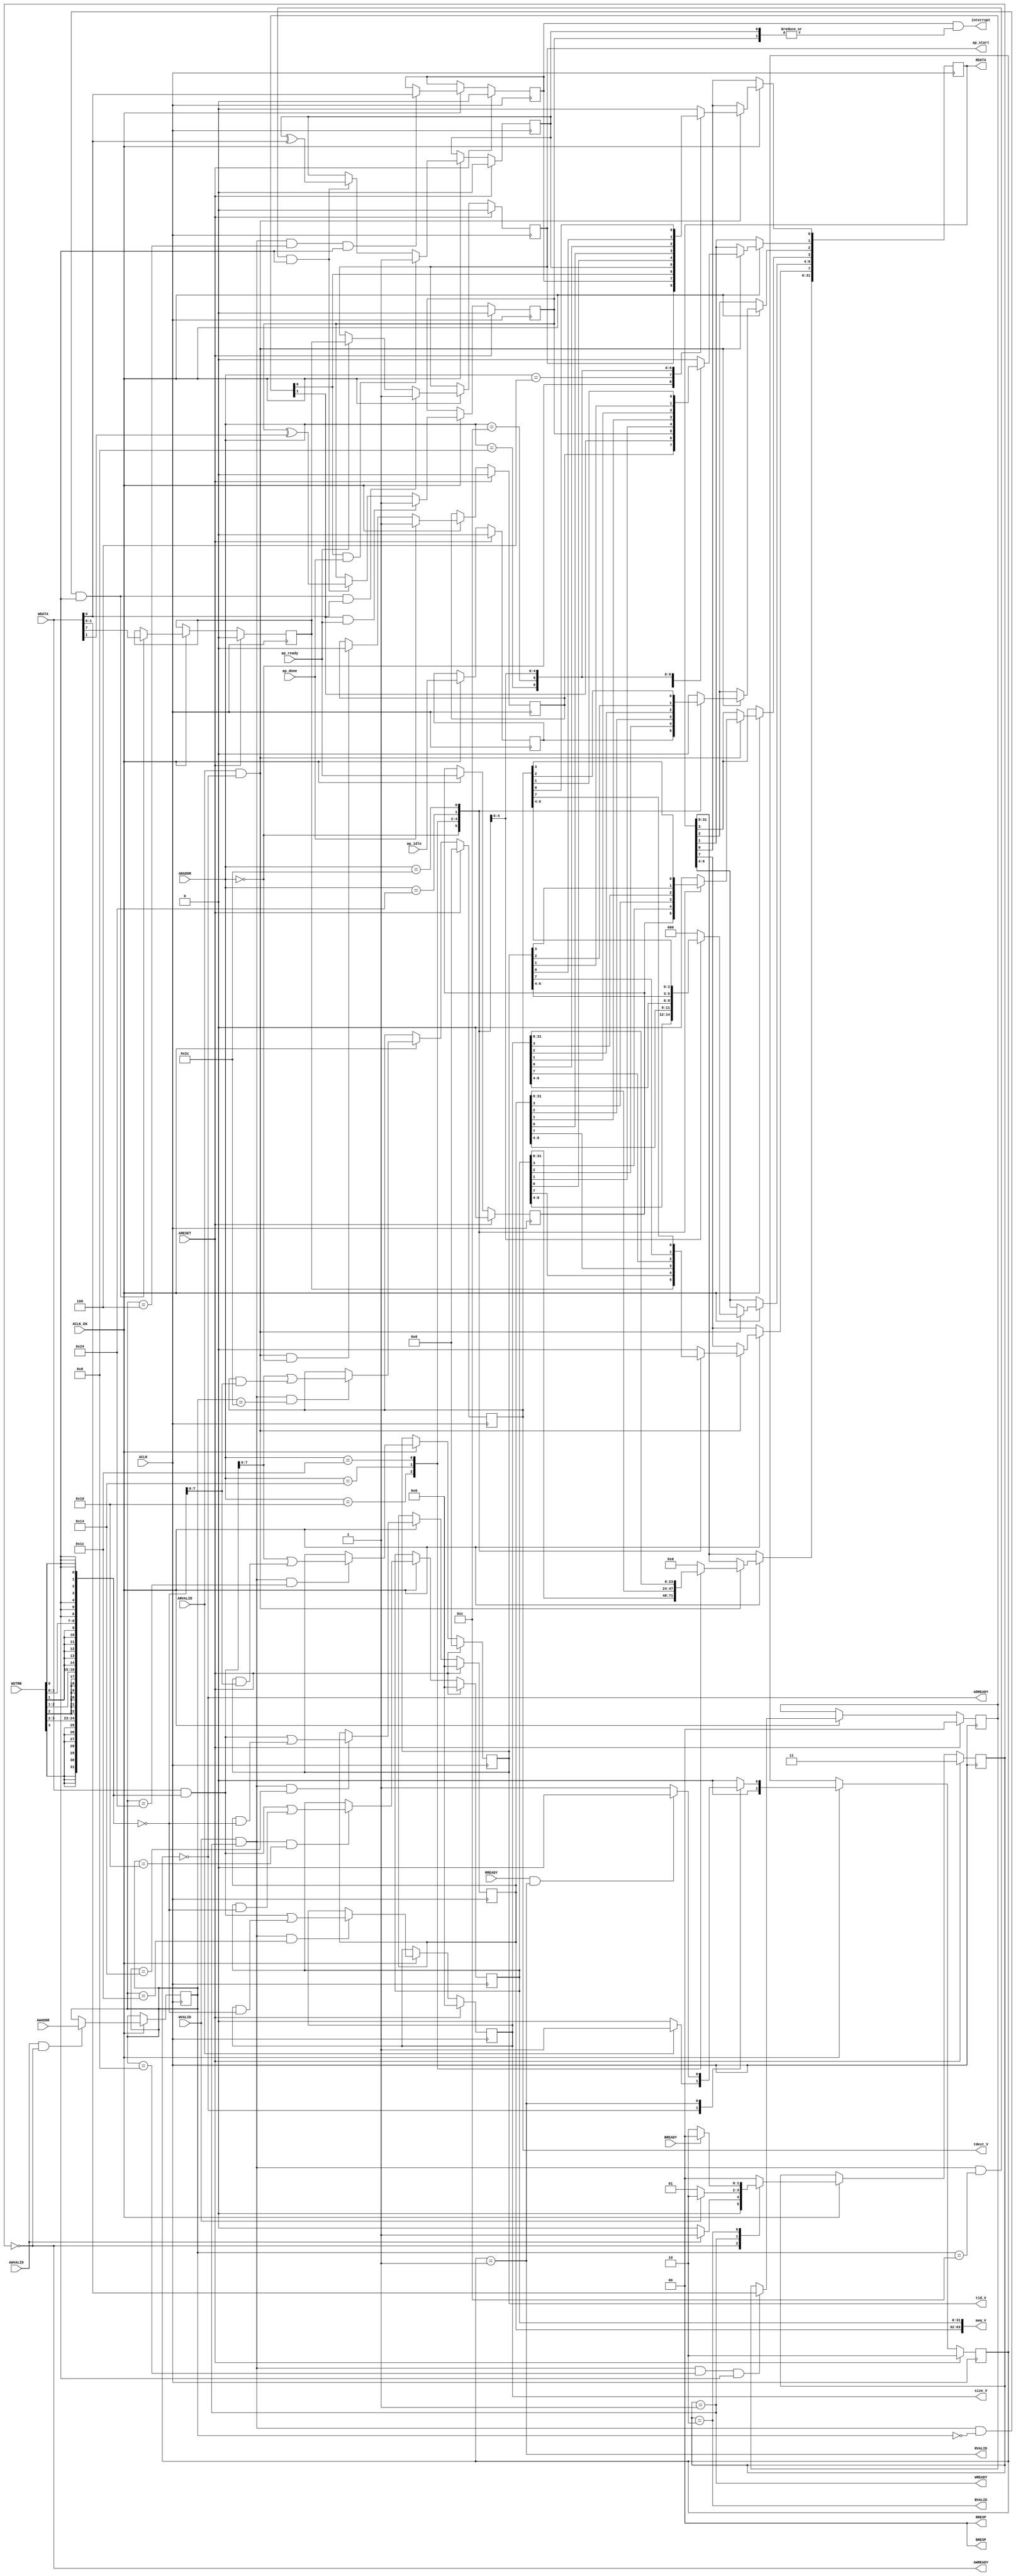
// Copyright (C) 2022, Advanced Micro Devices, Inc. All rights reserved.
// SPDX-License-Identifier: MIT
// ==============================================================
// Vivado(TM) HLS - High-Level Synthesis from C, C++ and SystemC v2020.1 (64-bit)
// ==============================================================
`timescale 1ns/1ps
module mm2s_control_s_axi
#(parameter
    C_S_AXI_ADDR_WIDTH = 6,
    C_S_AXI_DATA_WIDTH = 32
)(
    input  wire                          ACLK,
    input  wire                          ARESET,
    input  wire                          ACLK_EN,
    input  wire [C_S_AXI_ADDR_WIDTH-1:0] AWADDR,
    input  wire                          AWVALID,
    output wire                          AWREADY,
    input  wire [C_S_AXI_DATA_WIDTH-1:0] WDATA,
    input  wire [C_S_AXI_DATA_WIDTH/8-1:0] WSTRB,
    input  wire                          WVALID,
    output wire                          WREADY,
    output wire [1:0]                    BRESP,
    output wire                          BVALID,
    input  wire                          BREADY,
    input  wire [C_S_AXI_ADDR_WIDTH-1:0] ARADDR,
    input  wire                          ARVALID,
    output wire                          ARREADY,
    output wire [C_S_AXI_DATA_WIDTH-1:0] RDATA,
    output wire [1:0]                    RRESP,
    output wire                          RVALID,
    input  wire                          RREADY,
    output wire                          interrupt,
    output wire                          ap_start,
    input  wire                          ap_done,
    input  wire                          ap_ready,
    input  wire                          ap_idle,
    output wire [63:0]                   mem_V,
    output wire [31:0]                   size_V,
    output wire [7:0]                    tid_V,
    output wire [7:0]                    tdest_V
);
//------------------------Address Info-------------------
// 0x00 : Control signals
//        bit 0  - ap_start (Read/Write/COH)
//        bit 1  - ap_done (Read/COR)
//        bit 2  - ap_idle (Read)
//        bit 3  - ap_ready (Read)
//        bit 7  - auto_restart (Read/Write)
//        others - reserved
// 0x04 : Global Interrupt Enable Register
//        bit 0  - Global Interrupt Enable (Read/Write)
//        others - reserved
// 0x08 : IP Interrupt Enable Register (Read/Write)
//        bit 0  - Channel 0 (ap_done)
//        bit 1  - Channel 1 (ap_ready)
//        others - reserved
// 0x0c : IP Interrupt Status Register (Read/TOW)
//        bit 0  - Channel 0 (ap_done)
//        bit 1  - Channel 1 (ap_ready)
//        others - reserved
// 0x10 : Data signal of mem_V
//        bit 31~0 - mem_V[31:0] (Read/Write)
// 0x14 : Data signal of mem_V
//        bit 31~0 - mem_V[63:32] (Read/Write)
// 0x18 : reserved
// 0x1c : Data signal of size_V
//        bit 31~0 - size_V[31:0] (Read/Write)
// 0x20 : reserved
// 0x24 : Data signal of tid_V
//        bit 7~0 - tid_V[7:0] (Read/Write)
//        others  - reserved
// 0x28 : reserved
// 0x2c : Data signal of tdest_V
//        bit 7~0 - tdest_V[7:0] (Read/Write)
//        others  - reserved
// 0x30 : reserved
// (SC = Self Clear, COR = Clear on Read, TOW = Toggle on Write, COH = Clear on Handshake)

//------------------------Parameter----------------------
localparam
    ADDR_AP_CTRL        = 6'h00,
    ADDR_GIE            = 6'h04,
    ADDR_IER            = 6'h08,
    ADDR_ISR            = 6'h0c,
    ADDR_MEM_V_DATA_0   = 6'h10,
    ADDR_MEM_V_DATA_1   = 6'h14,
    ADDR_MEM_V_CTRL     = 6'h18,
    ADDR_SIZE_V_DATA_0  = 6'h1c,
    ADDR_SIZE_V_CTRL    = 6'h20,
    ADDR_TID_V_DATA_0   = 6'h24,
    ADDR_TID_V_CTRL     = 6'h28,
    ADDR_TDEST_V_DATA_0 = 6'h2c,
    ADDR_TDEST_V_CTRL   = 6'h30,
    WRIDLE              = 2'd0,
    WRDATA              = 2'd1,
    WRRESP              = 2'd2,
    WRRESET             = 2'd3,
    RDIDLE              = 2'd0,
    RDDATA              = 2'd1,
    RDRESET             = 2'd2,
    ADDR_BITS         = 6;

//------------------------Local signal-------------------
    reg  [1:0]                    wstate = WRRESET;
    reg  [1:0]                    wnext;
    reg  [ADDR_BITS-1:0]          waddr;
    wire [31:0]                   wmask;
    wire                          aw_hs;
    wire                          w_hs;
    reg  [1:0]                    rstate = RDRESET;
    reg  [1:0]                    rnext;
    reg  [31:0]                   rdata;
    wire                          ar_hs;
    wire [ADDR_BITS-1:0]          raddr;
    // internal registers
    reg                           int_ap_idle;
    reg                           int_ap_ready;
    reg                           int_ap_done = 1'b0;
    reg                           int_ap_start = 1'b0;
    reg                           int_auto_restart = 1'b0;
    reg                           int_gie = 1'b0;
    reg  [1:0]                    int_ier = 2'b0;
    reg  [1:0]                    int_isr = 2'b0;
    reg  [63:0]                   int_mem_V = 'b0;
    reg  [31:0]                   int_size_V = 'b0;
    reg  [7:0]                    int_tid_V = 'b0;
    reg  [7:0]                    int_tdest_V = 'b0;

//------------------------Instantiation------------------

//------------------------AXI write fsm------------------
assign AWREADY = (wstate == WRIDLE);
assign WREADY  = (wstate == WRDATA);
assign BRESP   = 2'b00;  // OKAY
assign BVALID  = (wstate == WRRESP);
assign wmask   = { {8{WSTRB[3]}}, {8{WSTRB[2]}}, {8{WSTRB[1]}}, {8{WSTRB[0]}} };
assign aw_hs   = AWVALID & AWREADY;
assign w_hs    = WVALID & WREADY;

// wstate
always @(posedge ACLK) begin
    if (ARESET)
        wstate <= WRRESET;
    else if (ACLK_EN)
        wstate <= wnext;
end

// wnext
always @(*) begin
    case (wstate)
        WRIDLE:
            if (AWVALID)
                wnext = WRDATA;
            else
                wnext = WRIDLE;
        WRDATA:
            if (WVALID)
                wnext = WRRESP;
            else
                wnext = WRDATA;
        WRRESP:
            if (BREADY)
                wnext = WRIDLE;
            else
                wnext = WRRESP;
        default:
            wnext = WRIDLE;
    endcase
end

// waddr
always @(posedge ACLK) begin
    if (ACLK_EN) begin
        if (aw_hs)
            waddr <= AWADDR[ADDR_BITS-1:0];
    end
end

//------------------------AXI read fsm-------------------
assign ARREADY = (rstate == RDIDLE);
assign RDATA   = rdata;
assign RRESP   = 2'b00;  // OKAY
assign RVALID  = (rstate == RDDATA);
assign ar_hs   = ARVALID & ARREADY;
assign raddr   = ARADDR[ADDR_BITS-1:0];

// rstate
always @(posedge ACLK) begin
    if (ARESET)
        rstate <= RDRESET;
    else if (ACLK_EN)
        rstate <= rnext;
end

// rnext
always @(*) begin
    case (rstate)
        RDIDLE:
            if (ARVALID)
                rnext = RDDATA;
            else
                rnext = RDIDLE;
        RDDATA:
            if (RREADY & RVALID)
                rnext = RDIDLE;
            else
                rnext = RDDATA;
        default:
            rnext = RDIDLE;
    endcase
end

// rdata
always @(posedge ACLK) begin
    if (ACLK_EN) begin
        if (ar_hs) begin
            rdata <= 1'b0;
            case (raddr)
                ADDR_AP_CTRL: begin
                    rdata[0] <= int_ap_start;
                    rdata[1] <= int_ap_done;
                    rdata[2] <= int_ap_idle;
                    rdata[3] <= int_ap_ready;
                    rdata[7] <= int_auto_restart;
                end
                ADDR_GIE: begin
                    rdata <= int_gie;
                end
                ADDR_IER: begin
                    rdata <= int_ier;
                end
                ADDR_ISR: begin
                    rdata <= int_isr;
                end
                ADDR_MEM_V_DATA_0: begin
                    rdata <= int_mem_V[31:0];
                end
                ADDR_MEM_V_DATA_1: begin
                    rdata <= int_mem_V[63:32];
                end
                ADDR_SIZE_V_DATA_0: begin
                    rdata <= int_size_V[31:0];
                end
                ADDR_TID_V_DATA_0: begin
                    rdata <= int_tid_V[7:0];
                end
                ADDR_TDEST_V_DATA_0: begin
                    rdata <= int_tdest_V[7:0];
                end
            endcase
        end
    end
end


//------------------------Register logic-----------------
assign interrupt = int_gie & (|int_isr);
assign ap_start  = int_ap_start;
assign mem_V     = int_mem_V;
assign size_V    = int_size_V;
assign tid_V     = int_tid_V;
assign tdest_V   = int_tdest_V;
// int_ap_start
always @(posedge ACLK) begin
    if (ARESET)
        int_ap_start <= 1'b0;
    else if (ACLK_EN) begin
        if (w_hs && waddr == ADDR_AP_CTRL && WSTRB[0] && WDATA[0])
            int_ap_start <= 1'b1;
        else if (ap_ready)
            int_ap_start <= int_auto_restart; // clear on handshake/auto restart
    end
end

// int_ap_done
always @(posedge ACLK) begin
    if (ARESET)
        int_ap_done <= 1'b0;
    else if (ACLK_EN) begin
        if (ap_done)
            int_ap_done <= 1'b1;
        else if (ar_hs && raddr == ADDR_AP_CTRL)
            int_ap_done <= 1'b0; // clear on read
    end
end

// int_ap_idle
always @(posedge ACLK) begin
    if (ARESET)
        int_ap_idle <= 1'b0;
    else if (ACLK_EN) begin
            int_ap_idle <= ap_idle;
    end
end

// int_ap_ready
always @(posedge ACLK) begin
    if (ARESET)
        int_ap_ready <= 1'b0;
    else if (ACLK_EN) begin
            int_ap_ready <= ap_ready;
    end
end

// int_auto_restart
always @(posedge ACLK) begin
    if (ARESET)
        int_auto_restart <= 1'b0;
    else if (ACLK_EN) begin
        if (w_hs && waddr == ADDR_AP_CTRL && WSTRB[0])
            int_auto_restart <=  WDATA[7];
    end
end

// int_gie
always @(posedge ACLK) begin
    if (ARESET)
        int_gie <= 1'b0;
    else if (ACLK_EN) begin
        if (w_hs && waddr == ADDR_GIE && WSTRB[0])
            int_gie <= WDATA[0];
    end
end

// int_ier
always @(posedge ACLK) begin
    if (ARESET)
        int_ier <= 1'b0;
    else if (ACLK_EN) begin
        if (w_hs && waddr == ADDR_IER && WSTRB[0])
            int_ier <= WDATA[1:0];
    end
end

// int_isr[0]
always @(posedge ACLK) begin
    if (ARESET)
        int_isr[0] <= 1'b0;
    else if (ACLK_EN) begin
        if (int_ier[0] & ap_done)
            int_isr[0] <= 1'b1;
        else if (w_hs && waddr == ADDR_ISR && WSTRB[0])
            int_isr[0] <= int_isr[0] ^ WDATA[0]; // toggle on write
    end
end

// int_isr[1]
always @(posedge ACLK) begin
    if (ARESET)
        int_isr[1] <= 1'b0;
    else if (ACLK_EN) begin
        if (int_ier[1] & ap_ready)
            int_isr[1] <= 1'b1;
        else if (w_hs && waddr == ADDR_ISR && WSTRB[0])
            int_isr[1] <= int_isr[1] ^ WDATA[1]; // toggle on write
    end
end

// int_mem_V[31:0]
always @(posedge ACLK) begin
    if (ARESET)
        int_mem_V[31:0] <= 0;
    else if (ACLK_EN) begin
        if (w_hs && waddr == ADDR_MEM_V_DATA_0)
            int_mem_V[31:0] <= (WDATA[31:0] & wmask) | (int_mem_V[31:0] & ~wmask);
    end
end

// int_mem_V[63:32]
always @(posedge ACLK) begin
    if (ARESET)
        int_mem_V[63:32] <= 0;
    else if (ACLK_EN) begin
        if (w_hs && waddr == ADDR_MEM_V_DATA_1)
            int_mem_V[63:32] <= (WDATA[31:0] & wmask) | (int_mem_V[63:32] & ~wmask);
    end
end

// int_size_V[31:0]
always @(posedge ACLK) begin
    if (ARESET)
        int_size_V[31:0] <= 0;
    else if (ACLK_EN) begin
        if (w_hs && waddr == ADDR_SIZE_V_DATA_0)
            int_size_V[31:0] <= (WDATA[31:0] & wmask) | (int_size_V[31:0] & ~wmask);
    end
end

// int_tid_V[7:0]
always @(posedge ACLK) begin
    if (ARESET)
        int_tid_V[7:0] <= 0;
    else if (ACLK_EN) begin
        if (w_hs && waddr == ADDR_TID_V_DATA_0)
            int_tid_V[7:0] <= (WDATA[31:0] & wmask) | (int_tid_V[7:0] & ~wmask);
    end
end

// int_tdest_V[7:0]
always @(posedge ACLK) begin
    if (ARESET)
        int_tdest_V[7:0] <= 0;
    else if (ACLK_EN) begin
        if (w_hs && waddr == ADDR_TDEST_V_DATA_0)
            int_tdest_V[7:0] <= (WDATA[31:0] & wmask) | (int_tdest_V[7:0] & ~wmask);
    end
end


//------------------------Memory logic-------------------

endmodule